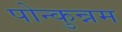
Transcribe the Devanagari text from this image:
पोन्कुन्नम